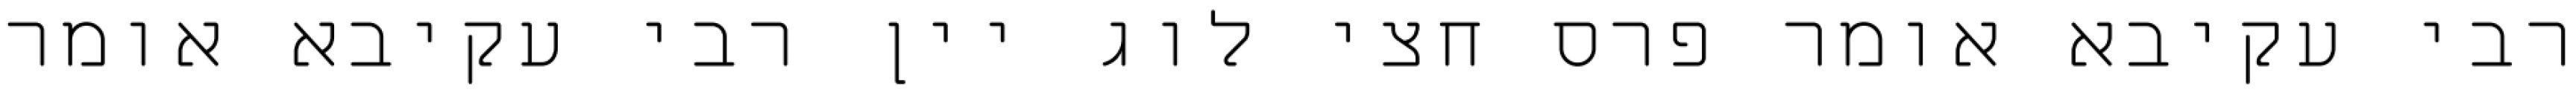
רבי עקיבא אומר פרס חצי לוג יין רבי עקיבא אומר